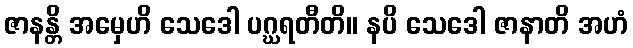
ဇာနန္တိ အမှေဟိ သေဒေါ ပဂ္ဃရတီတိ။ နပိ သေဒေါ ဇာနာတိ အဟံ